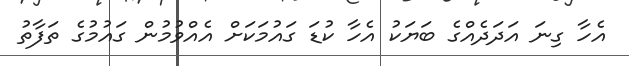
އެހާ ގިނަ އަދަދެއްގެ ބަޔަކު އެހާ ކުޑަ ގައުމަކަށް އެއްވުމުން ގައުމުގެ ތަފާތު